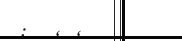
: